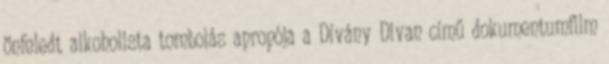
önfeledt alkoholista tombolás apropója a Dívány Divan című dokumentumfilm